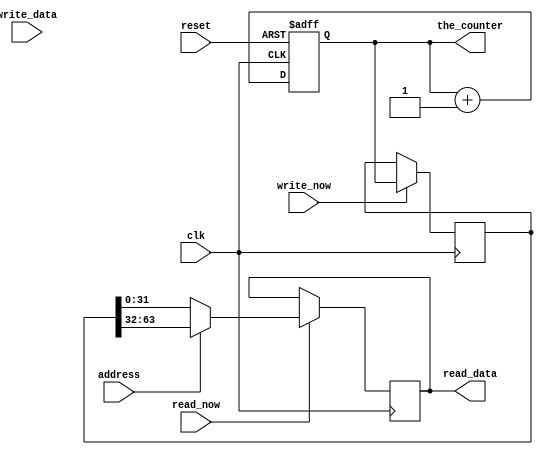
module generic_avalon_mm_64bit_counter
(
 input	clk,
 input reset,
 input read_now,
 input write_now,
 input [0:0] address,
 output reg [31:0] read_data,
 input [31:0] write_data,
 output reg [63:0] the_counter=0
);

reg [63:0] snapshot_reg=0;

always @(posedge clk or posedge reset)
begin
     if (reset)
	 begin
	  the_counter <= 0;
	 end
	 else
	 begin
           the_counter <= the_counter+64'b1;
	  end
end


always @(posedge clk)
begin
     if (write_now)
     begin
          snapshot_reg <= the_counter;
     end
end

always @(posedge clk)
begin
     if (read_now)
	  begin
	     if (address == 1'b0)
	     begin
	          read_data <= snapshot_reg[31:0];
	     end else
	     begin
	          read_data <= snapshot_reg[63:32];
	     end
	 end
end

endmodule